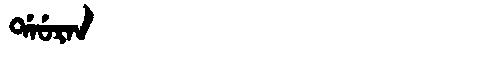
Manchu: ᡩᠠᡠᡵᠠᠨ
Romanization: DAURAN